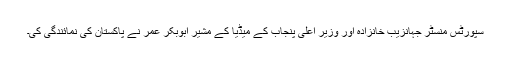
سپورٹس منسٹر جہانزیب خانزادہ اور وزیر اعلیٰ پنجاب کے میڈیا کے مشیر ابوبکر عمر نے پاکستان کی نمائندگی کی۔